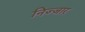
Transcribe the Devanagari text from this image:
निज्जार